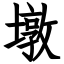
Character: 墩